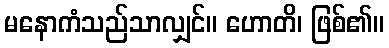
မနောကံသည်သာလျှင်။ ဟောတိ၊ ဖြစ်၏။